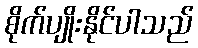
စိုက်ပျိုးနိုင်ပါသည်